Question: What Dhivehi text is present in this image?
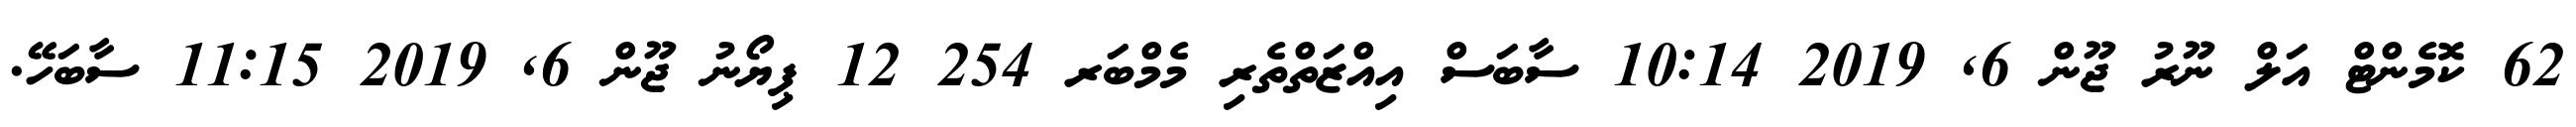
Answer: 62 ކޮމެންޓް އަލް ނޫރު ޖޫން 6, 2019 10:14 ސާބަސް އިއްޒަތްތެރި މެމްބަރ 254 12 ޕިޔޯނު ޖޫން 6, 2019 11:15 ސާބަހޭ.